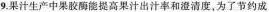
9.果汁生产中果胶酶能提高果汁出汁率和澄清度，为了节约成